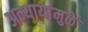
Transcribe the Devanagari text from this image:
अन्यायांमुळे